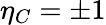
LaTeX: \eta_{C}=\pm 1